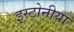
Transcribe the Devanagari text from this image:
इस्टोनीया